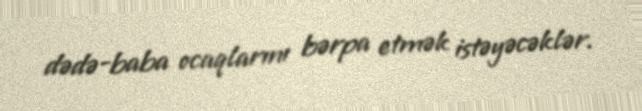
dədə-baba ocaqlarını bərpa etmək istəyəcəklər.